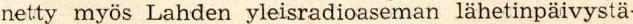
netty myös Lahden yleisradioaseman lähetinpäivystä-